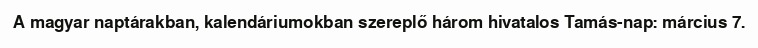
A magyar naptárakban, kalendáriumokban szereplő három hivatalos Tamás-nap: március 7.